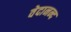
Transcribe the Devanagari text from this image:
वेदानन्द